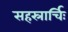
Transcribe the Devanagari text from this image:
सहस्रार्चिः